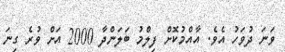
ވަނަ ދުވަހު އެވެ. އާއްމުކޮށް ފިލްމު ބަލަންދާ 2000 އަށް ވުރެ ގިނަ